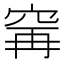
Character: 𫁌